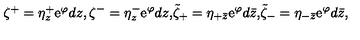
\begin{matrix} { \zeta ^ { + } = \eta _ { z } ^ { + } \mathrm { e } ^ { \varphi } d z , } & { \zeta ^ { - } = \eta _ { z } ^ { - } \mathrm { e } ^ { \varphi } d z , } & { \tilde { \zeta } _ { + } = \eta _ { + \bar { z } } \mathrm { e } ^ { \varphi } d \bar { z } , } & { \tilde { \zeta } _ { - } = \eta _ { - \bar { z } } \mathrm { e } ^ { \varphi } d \bar { z } , } \\ \end{matrix}